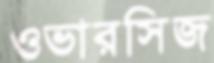
ওভারসিজ